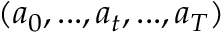
( a _ { 0 } , . . . , a _ { t } , . . . , a _ { T } )